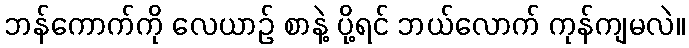
ဘန်ကောက်ကို လေယာဉ် စာနဲ့ ပို့ရင် ဘယ်လောက် ကုန်ကျမလဲ။